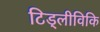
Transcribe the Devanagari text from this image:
टिड्लीविकि